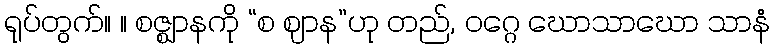
ရုပ်တွက်။ ။ စဇ္ဈာနကို “စ ဈာန”ဟု တည်, ဝဂ္ဂေ ဃောသာဃော သာနံ